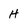
Character: h